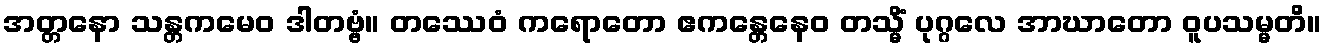
အတ္တနော သန္တကမေဝ ဒါတဗ္ဗံ။ တဿေဝံ ကရောတော ဧကန္တေနေဝ တသ္မိံ ပုဂ္ဂလေ အာဃာတော ဝူပသမ္မတိ။